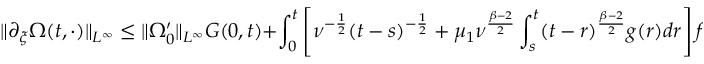
\| \partial _ { \xi } \Omega ( t , \cdot ) \| _ { L ^ { \infty } } \leq \| \Omega _ { 0 } ^ { \prime } \| _ { L ^ { \infty } } G ( 0 , t ) + \int _ { 0 } ^ { t } \left[ \nu ^ { - \frac { 1 } { 2 } } ( t - s ) ^ { - \frac { 1 } { 2 } } + \mu _ { 1 } \nu ^ { \frac { \beta - 2 } { 2 } } \int _ { s } ^ { t } ( t - r ) ^ { \frac { \beta - 2 } { 2 } } g ( r ) d r \right] f ( s ) d s .